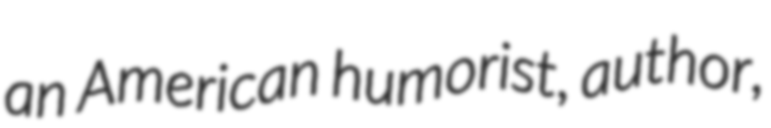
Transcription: an American humorist, author,